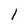
Character: 1